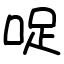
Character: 哫